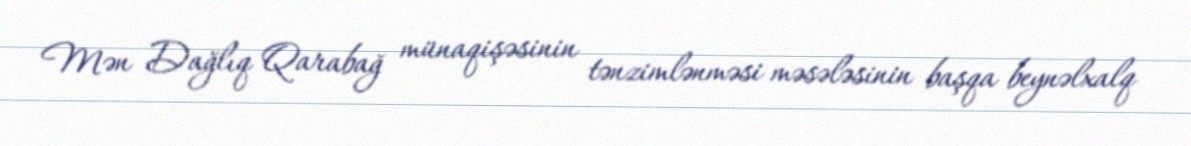
Mən Dağlıq Qarabağ münaqişəsinin tənzimlənməsi məsələsinin başqa beynəlxalq